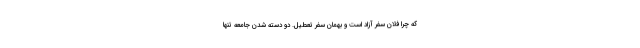
که چرا فلان سفر آزاد است و بهمان سفر تعطیل. دو دسته شدن جامعه تنها